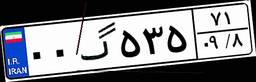
۰۰گ۵۳۵۷۱